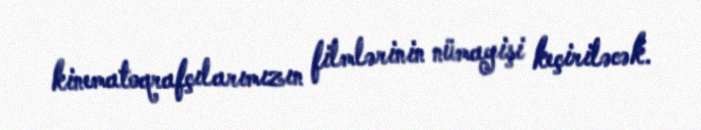
kinematoqrafçılarımızın filmlərinin nümayişi keçiriləcək.